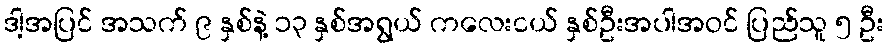
ဒါ့အပြင် အသက် ၉ နှစ်နဲ့ ၁၃ နှစ်အရွယ် ကလေးငယ် နှစ်ဦးအပါအဝင် ပြည်သူ ၅ ဦး